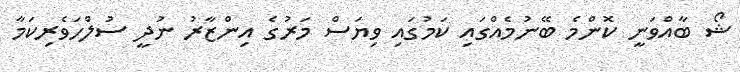
ޝޯ ބާއްވަނީ ކޮންމެ ބޭނުމެއްގައި ކަމުގައި ވިޔަސް މަރުގެ އިންޒާރު ނުދީ ސުލްހަވެރިކަމާ